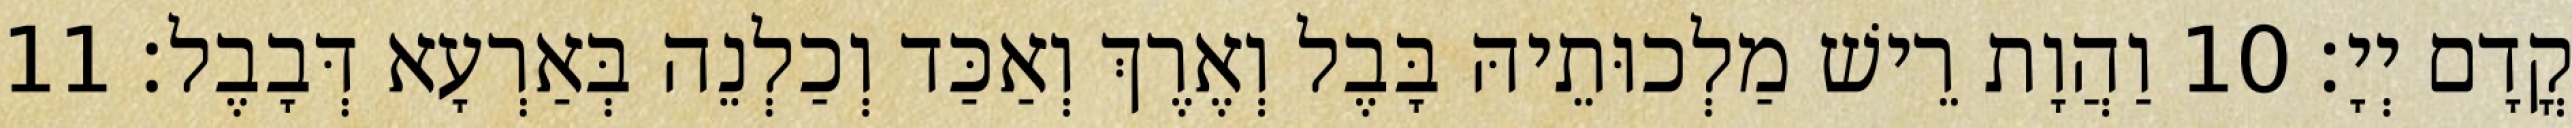
קֳדָם יְיָ׃ 10 וַהֲוָת רֵישׁ מַלְכוּתֵיהּ בָּבֶל וְאֶרֶךְ וְאַכַּד וְכַלְנֵה בְּאַרְעָא דְּבָבֶל׃ 11